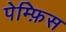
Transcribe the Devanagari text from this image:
पेम्फ़िस